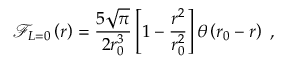
\mathcal { F } _ { L = 0 } \left( r \right) = \frac { 5 \sqrt { \pi } } { 2 r _ { 0 } ^ { 3 } } \left[ 1 - \frac { r ^ { 2 } } { r _ { 0 } ^ { 2 } } \right] \theta \left( r _ { 0 } - r \right) \ ,